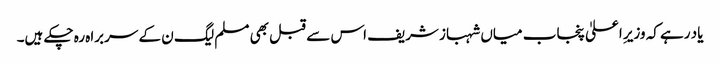
یاد رہے کہ وزیرِ اعلیٰ پنجاب میاں شہباز شریف اس سے قبل بھی مسلم لیگ ن کے سربراہ رہ چکے ہیں۔